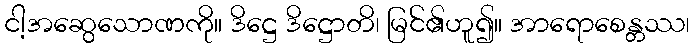
ငါ့အဆွေသောဏကို။ ဒိဋ္ဌေ ဒိဋ္ဌောတိ၊ မြင်၏ဟူ၍။ အာရောစေန္တဿ၊